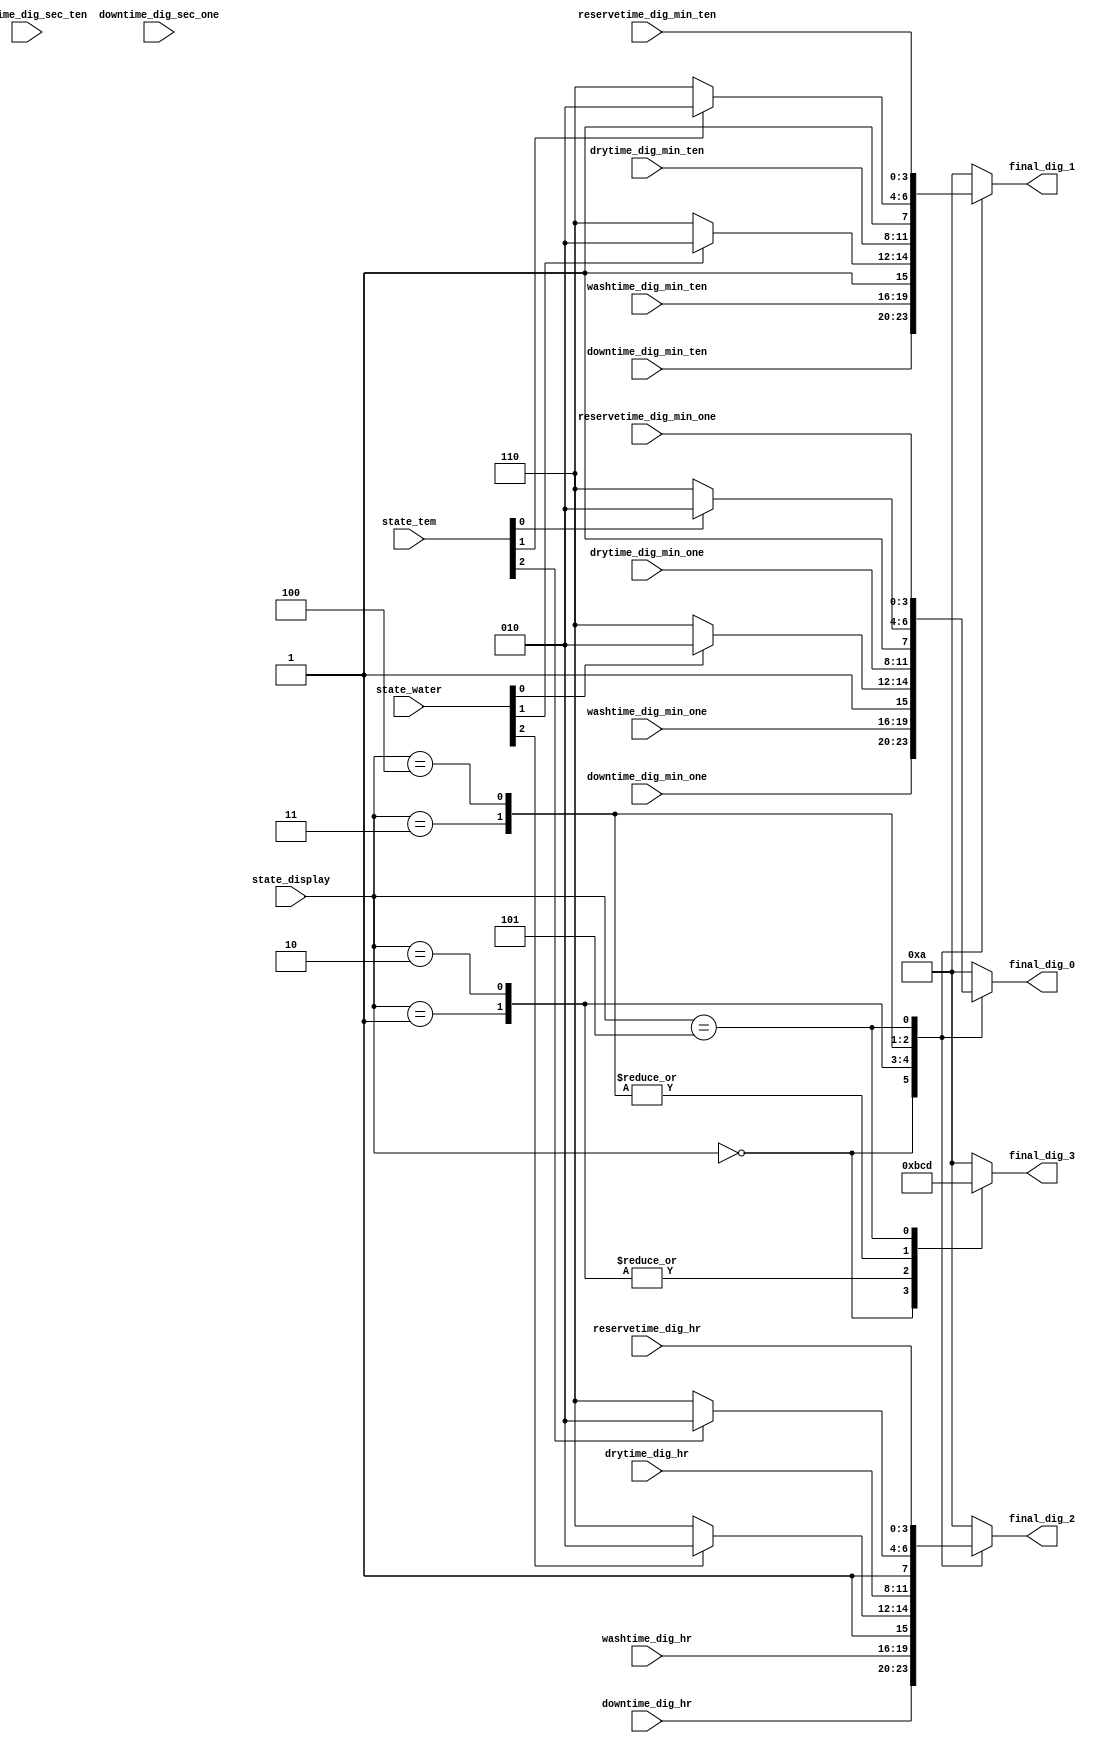
module SMUX_final_digit(
    output [3:0] final_dig_0,
    output [3:0] final_dig_1,
    output [3:0] final_dig_2,
    output [3:0] final_dig_3,
    input [2:0] state_display,
    input [2:0] state_water,
    input [2:0] state_tem,
    input [3:0] washtime_dig_min_ten, 
    input [3:0] washtime_dig_min_one, 
    input [3:0] washtime_dig_hr,
    input [3:0] drytime_dig_min_ten, 
    input [3:0] drytime_dig_min_one, 
    input [3:0] drytime_dig_hr,
    input [3:0] downtime_dig_min_ten, 
    input [3:0] downtime_dig_min_one, 
    input [3:0] downtime_dig_hr,
    input [3:0] downtime_dig_sec_ten, 
    input [3:0] downtime_dig_sec_one, 
    input [3:0] reservetime_dig_min_ten, 
    input [3:0] reservetime_dig_min_one, 
    input [3:0] reservetime_dig_hr
    ); 
    
reg [3:0] final_dig_0, final_dig_1, final_dig_2, final_dig_3;    
    
always @*
begin
    case(state_display)
        3'd0: // ܭ˼ƪA
        begin
            final_dig_0 = downtime_dig_min_one;
            final_dig_1 = downtime_dig_min_ten;
            final_dig_2 = downtime_dig_hr;
            final_dig_3 = 4'd0;     // n令 0
        end
        3'd1: // ܬ~ɶ
        begin
            final_dig_0 = washtime_dig_min_one;
            final_dig_1 = washtime_dig_min_ten;
            final_dig_2 = washtime_dig_hr;
            final_dig_3 = 4'd11;
        end
        3'd2: // ܤq
        begin
            final_dig_0 = (state_water[0]) ? 4'd10 : 4'd14;
            final_dig_1 = (state_water[1]) ? 4'd10 : 4'd14;
            final_dig_2 = (state_water[2]) ? 4'd10 : 4'd14;
            final_dig_3 = 4'd11;
        end
        3'd3: // ܯMɶ
        begin
            final_dig_0 = drytime_dig_min_one;
            final_dig_1 = drytime_dig_min_ten;
            final_dig_2 = drytime_dig_hr;
            final_dig_3 = 4'd12;
        end
        3'd4: // ܷū
        begin
            final_dig_0 = (state_tem[0]) ? 4'd10 : 4'd14;
            final_dig_1 = (state_tem[1]) ? 4'd10 : 4'd14;
            final_dig_2 = (state_tem[2]) ? 4'd10 : 4'd14;
            final_dig_3 = 4'd12;
        end
        3'd5: // ܱƵ{ɶ
        begin
            final_dig_0 = reservetime_dig_min_one;
            final_dig_1 = reservetime_dig_min_ten;
            final_dig_2 = reservetime_dig_hr;
            final_dig_3 = 4'd13;
        end
        default:
        begin
            final_dig_0 = 4'd10;
            final_dig_1 = 4'd10;
            final_dig_2 = 4'd10;
            final_dig_3 = 4'd10;
        end
    endcase  
end
    
endmodule